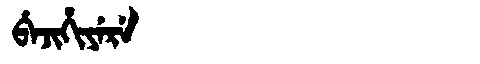
Manchu: ᠪᡝᠵᡳᡥᡳᠶᡝᡵᡝ
Romanization: BEJIHIYERE